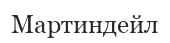
Мартиндейл